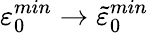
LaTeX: \varepsilon_{0}^{min}\to\tilde{\varepsilon}_{0}^{min}